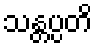
သန္တပ္ပတိ